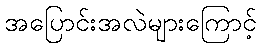
အပြောင်းအလဲများကြောင့်